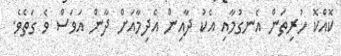
ކޮއްކޮ ހުރިތަން އެނގުމާއި އެކު ދާއިން އެދިމާއަށް ދާން އަވަސް ވެ ގަތެވެ.